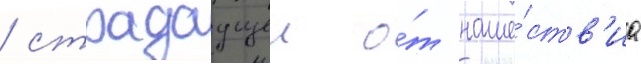
/ страдаущеи о́т наше́ств'иа